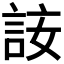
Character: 𧦣